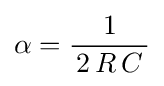
\alpha ={\frac {1}{\,2\,R\,C\,}}